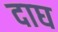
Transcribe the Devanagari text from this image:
दाघ